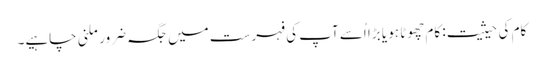
کام کی حیثیت: کام چھوٹا ہو یا بڑا اُسے آپ کی فہرست میں جگہ ضرور ملنی چاہیے۔